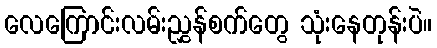
လေကြောင်းလမ်းညွှန်စက်တွေ သုံးနေတုန်းပဲ။